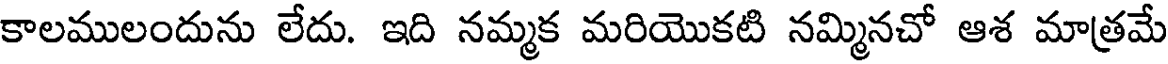
కాలములందును లేదు. ఇది నమ్మక మరియొకటి నమ్మినచో ఆశ మాత్రమే